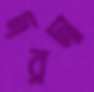
দরদা